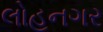
લોહનગર